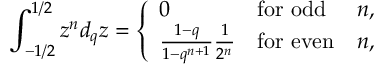
\int _ { - 1 / 2 } ^ { 1 / 2 } z ^ { n } d _ { q } z = \left\{ \begin{array} { l l l } { { 0 } } & { { \mathrm { f o r ~ o d d } } } & { { n , } } \\ { { \frac { 1 - q } { 1 - q ^ { n + 1 } } \frac { 1 } { 2 ^ { n } } } } & { { \mathrm { f o r ~ e v e n } } } & { { n , } } \end{array} \right.